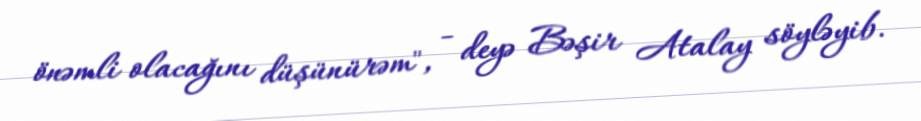
önəmli olacağını düşünürəm", - deyə Bəşir Atalay söyləyib.